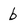
Character: b